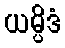
ယမ္ပိဒံ